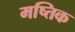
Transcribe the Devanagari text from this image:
मष्तिक